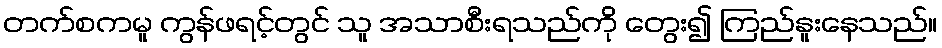
တက်စကမူ ကွန်ဖရင့်တွင် သူ အသာစီးရသည်ကို တွေး၍ ကြည်နူးနေသည်။